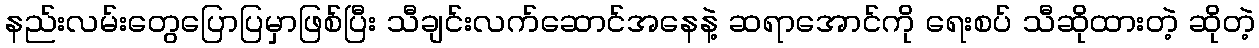
နည်းလမ်းတွေပြောပြမှာဖြစ်ပြီး သီချင်းလက်ဆောင်အနေနဲ့ ဆရာအောင်ကို ရေးစပ် သီဆိုထားတဲ့ ဆိုတဲ့